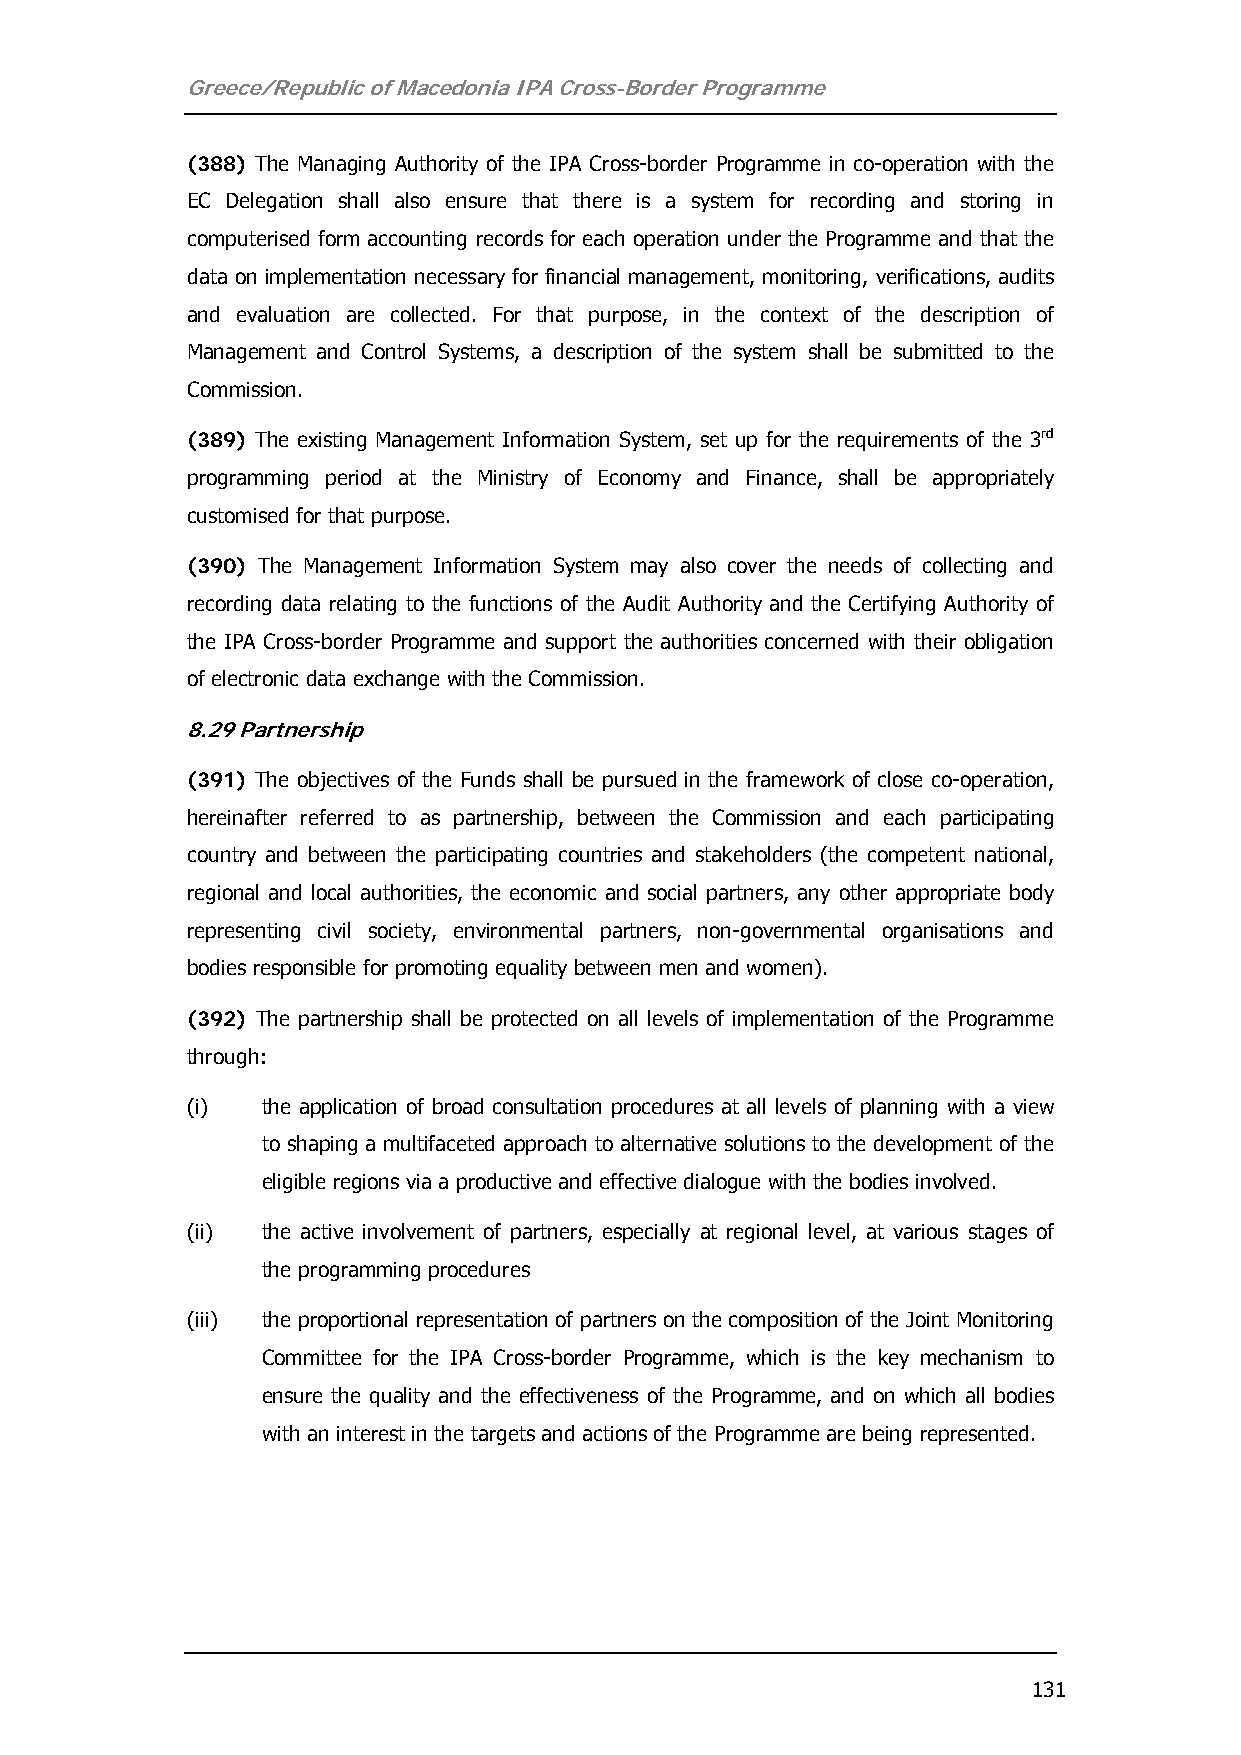
Greece/Republic of Macedonia IPA Cross-Border Programme
 (388) The Managing Authority of the IPA Cross-border Programme in co-operation with the
 EC Delegation shall also ensure that there is a system for recording and storing in
 computerised form accounting records for each operation under the Programme and that the
 data on implementation necessary for financial management, monitoring, verifications, audits
 and evaluation are collected. For that purpose, in the context of the description of
 Management and Control Systems, a description of the system shall be submitted to the
 Commission.
 (389) The existing Management Information System, set up for the requirements of the 3rd
 programming period at the Ministry of Economy and Finance, shall be appropriately
 customised for that purpose.
 (390) The Management Information System may also cover the needs of collecting and
 recording data relating to the functions of the Audit Authority and the Certifying Authority of
 the IPA Cross-border Programme and support the authorities concerned with their obligation
 of electronic data exchange with the Commission.
 8.29 Partnership
 (391) The objectives of the Funds shall be pursued in the framework of close co-operation,
 hereinafter referred to as partnership, between the Commission and each participating
 country and between the participating countries and stakeholders (the competent national,
 regional and local authorities, the economic and social partners, any other appropriate body
 representing civil society, environmental partners, non-governmental organisations and
 bodies responsible for promoting equality between men and women).
 (392) The partnership shall be protected on all levels of implementation of the Programme
 through:
 (i)  the application of broad consultation procedures at all levels of planning with a view
 to shaping a multifaceted approach to alternative solutions to the development of the
 eligible regions via a productive and effective dialogue with the bodies involved.
 (ii) the active involvement of partners, especially at regional level, at various stages of
 the programming procedures
 (iii) the proportional representation of partners on the composition of the Joint Monitoring
 Committee for the IPA Cross-border Programme, which is the key mechanism to
 ensure the quality and the effectiveness of the Programme, and on which all bodies
 with an interest in the targets and actions of the Programme are being represented.
 131